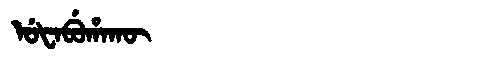
Manchu: ᡠᡶᠠᠪᡠᡥᠠᡴᡡ
Romanization: UFABUHAKŪ